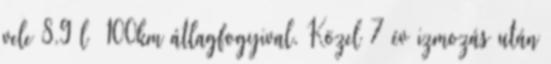
vele 8.9 l 100km átlagfogyival. Közel 7 év izmozás után